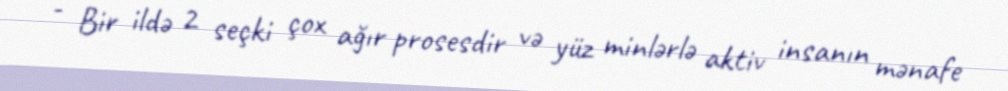
- Bir ildə 2 seçki çox ağır prosesdir və yüz minlərlə aktiv insanın mənafe